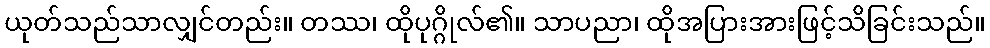
ယုတ်သည်သာလျှင်တည်း။ တဿ၊ ထိုပုဂ္ဂိုလ်၏။ သာပညာ၊ ထိုအပြားအားဖြင့်သိခြင်းသည်။